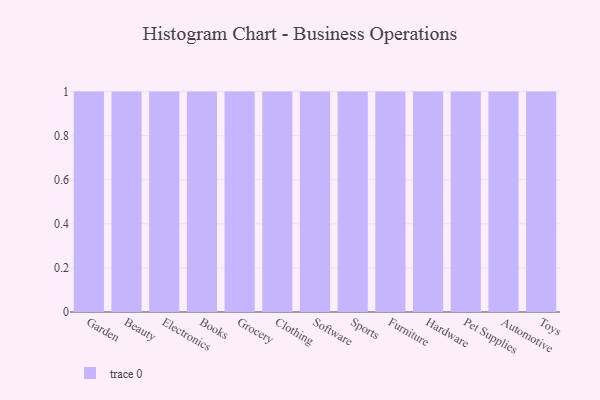
{"axis": {"x": "Category", "y": "Satisfaction Score"}, "legend": [""], "data": [{"x": "Garden", "y": 96, "type": ""}, {"x": "Beauty", "y": 50, "type": ""}, {"x": "Electronics", "y": 13, "type": ""}, {"x": "Books", "y": 3, "type": ""}, {"x": "Grocery", "y": 86, "type": ""}, {"x": "Clothing", "y": 15, "type": ""}, {"x": "Software", "y": 31, "type": ""}, {"x": "Sports", "y": 50, "type": ""}, {"x": "Furniture", "y": 67, "type": ""}, {"x": "Hardware", "y": 82, "type": ""}, {"x": "Pet Supplies", "y": 20, "type": ""}, {"x": "Automotive", "y": 85, "type": ""}, {"x": "Toys", "y": 51, "type": ""}]}